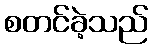
စတင်ခဲ့သည်